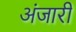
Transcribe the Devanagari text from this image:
अंजारी